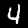
Digit: 4